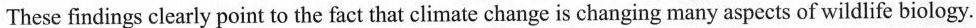
These findings clearly point to the fact that climate change is changing many aspects of wildlife biology.